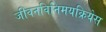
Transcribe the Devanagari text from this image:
जीवनविनिमयक्रियेस